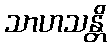
သာဟသန္တိ